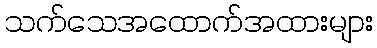
သက်သေအထောက်အထားများ